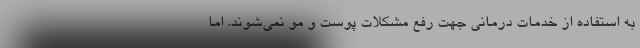
به استفاده از خدمات درمانی جهت رفع مشکلات پوست و مو نمی‌شوند. اما